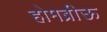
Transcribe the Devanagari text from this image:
होमब्रीऊ